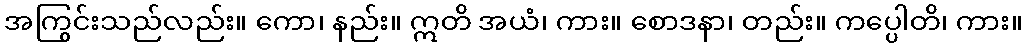
အကြွင်းသည်လည်း။ ကော၊ နည်း။ ဣတိ အယံ၊ ကား။ စောဒနာ၊ တည်း။ ကပ္ပေါတိ၊ ကား။